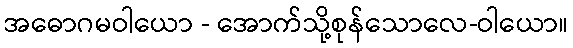
အဓောဂမဝါယော - အောက်သို့စုန်သောလေ-ဝါယော။